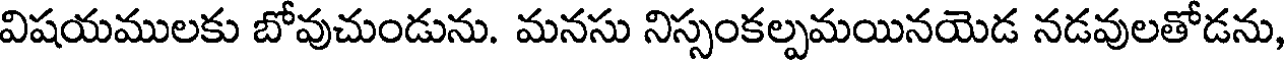
విషయములకు బోవుచుండును. మనసు నిస్సంకల్పమయినయెడ నడవులతోడను,